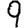
Digit: 9